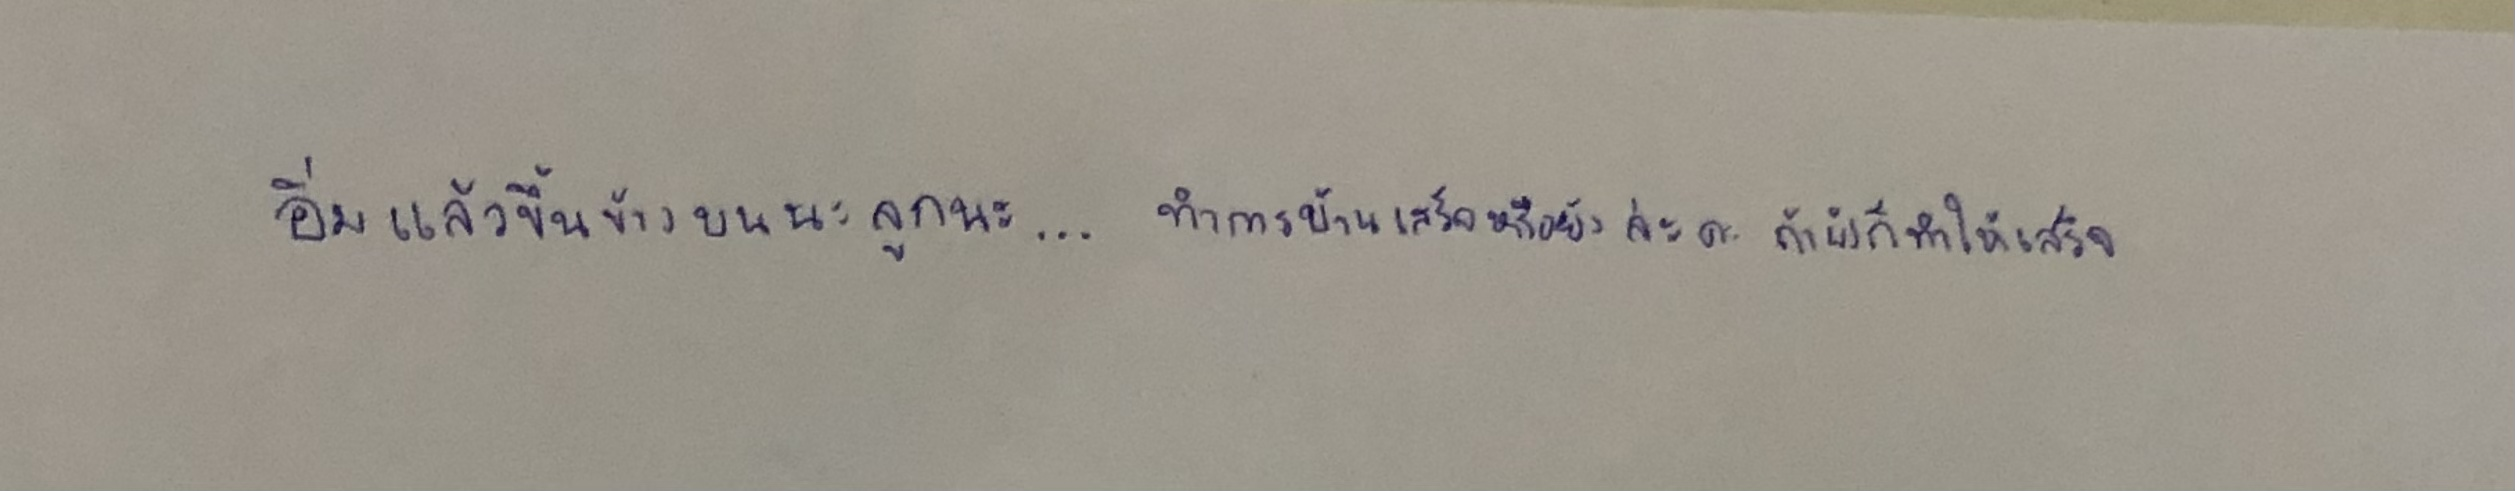
"อิ่มแล้วขึ้นข้างบนนะลูกนะ...ทำการบ้านเสร็จหรือยังล่ะคะถ้ายังก็ทำให้เสร็จ"